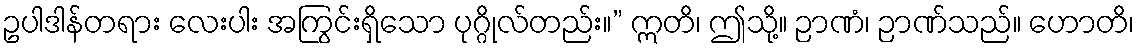
ဥပါဒါန်တရား လေးပါး အကြွင်းရှိသော ပုဂ္ဂိုလ်တည်း။” ဣတိ၊ ဤသို့။ ဉာဏံ၊ ဉာဏ်သည်။ ဟောတိ၊